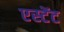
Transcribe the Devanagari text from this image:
एस्टेंट